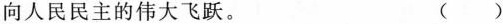
向人民民主的伟大飞跃。 ()